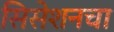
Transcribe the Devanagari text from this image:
सिसेशनचा